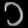
Digit: ၁